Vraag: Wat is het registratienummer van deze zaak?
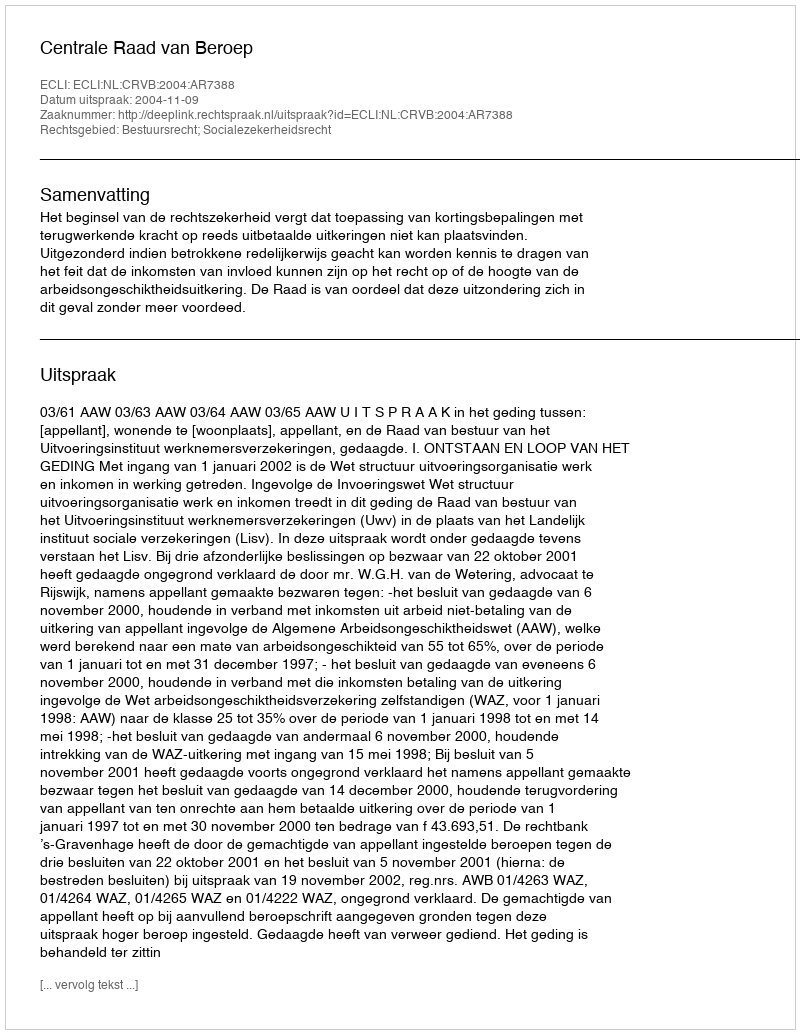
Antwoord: http://deeplink.rechtspraak.nl/uitspraak?id=ECLI:NL:CRVB:2004:AR7388